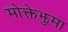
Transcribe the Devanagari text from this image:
मोक्तेझुमा